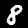
Label: 8